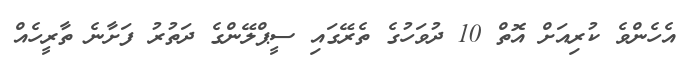
އެހެންވެ ކުރިއަށް އޮތް 10 ދުވަހުގެ ތެރޭގައި ސީޕްލޭންގެ ދަތުރު ފަށާނެ ތާރީހެއް